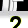
Digit: 2